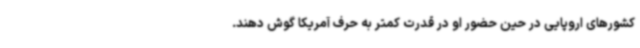
کشورهای اروپایی در حین حضور او در قدرت کمتر به حرف آمریکا گوش دهند.